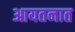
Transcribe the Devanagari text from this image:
आयतनात